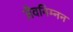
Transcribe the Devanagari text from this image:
जैवनिम्‍नन